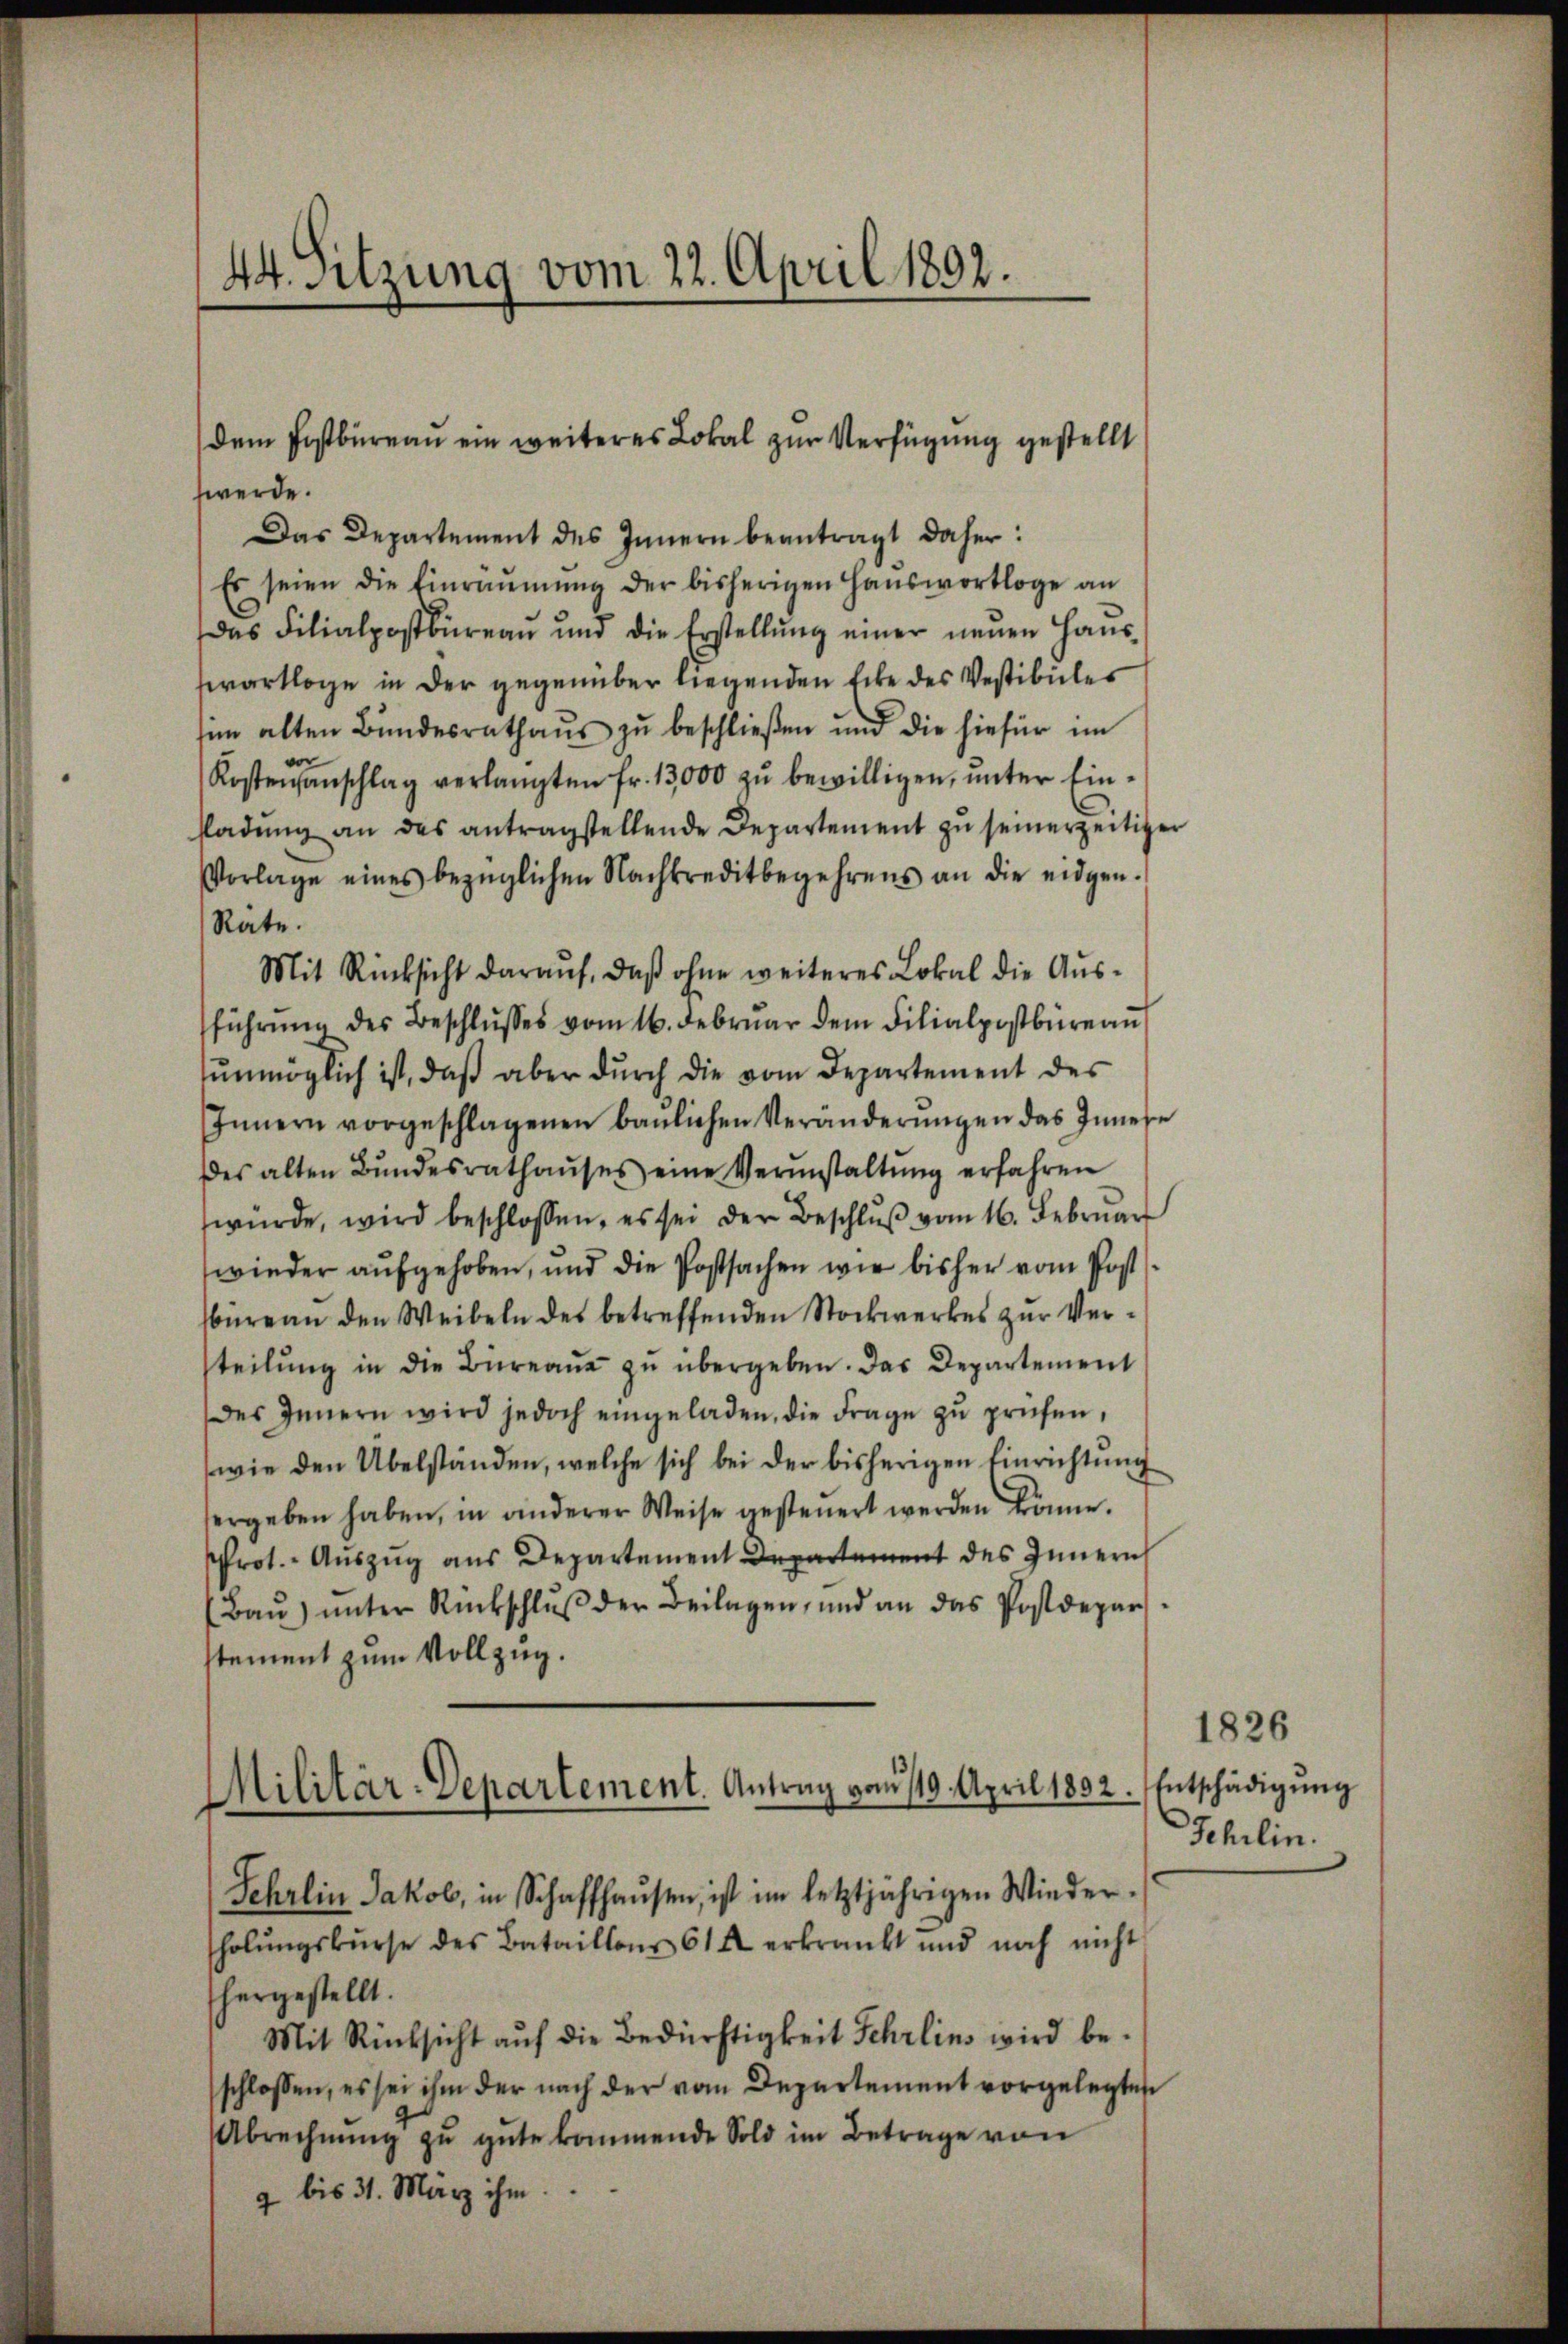
44. Sitzung vom 22. April 1892.

werde.
Das Departement des Innern beantragt daher:
Es seien die Einräŭmŭng der bisherigen Haŭswortloge an
Das Filialpostbüreau und die Erstellŭng einer neuen Haus
swartloge in der gegenüber liegenden Ecke des Vestibiles
im alten Bundesrathaus zu beschließen und die hiefür im
vor
Kostenanschlag verlangten Fr. 13,000 zu bewilligen, unter Einsladŭng an des antragstellende Departement zŭ seinerzeitige
Vorlage eines bezüglichen Nachkreditbegehrens an die eidgen.
Räte.
Mit Rücksicht darauf, daß ohne weiteres Lokal die Ausführŭng des Beschlŭsses vom 16. Febrŭar dem Filialpostbüreaŭ
ŭnmöglich ist, daβ aber dŭrch die vom Departement des
Innern vorgeschlagenen baŭlichen Veränderŭngen das Inner
des alten Bŭndesrathaŭses eine Verŭnstaltŭng erfahren
würde, wird beschlossen, es sei der Beschlŭβ vom 16. Februar
wieder aufgehoben, und die Postsachen wie bisher vom Postbüreau den Weibeln des betreffenden Stockwerkes zur Verteilŭng in die Büreaŭ zŭ übergeben. Das Departement
des Innern wird jedoch eingeladen, die Frage zŭ prüfen,
wie den Übelständen, welche sich bei der bisherigen Einrichtŭng
ergeben haben, in anderer Weise gesteuert werden könne.
Prot. Auszug aus Departement Departement des Innern
(Baŭ) ŭnter Rückschlŭβ der Beilagen, und an das Postdepar
stement zum Vollzug.
Sehrlin Jakob, in Schaffhausen, ist im letztjährigen Wieder-
holŭngskŭrse des Bataillons 614 erkrankt und noch nicht
hergestellt.
Mit Rücksicht auf die Bedürftigkeit Schreins wird beschlossen, es sei ihm der nach der vom Departement vorgelegten
Abrechnŭng zu gute kommende Sold im Betrage von
 bis 31. März ihm.

dem Postbüreau ein weiteres Lokal zur Verfügung gestellt

Militär-Departement. Antrag vom 19. April 1832. Entschädigŭng

1826
Schilin.